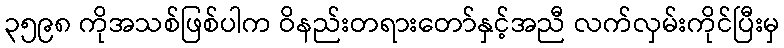
၃၅၉၈ ကိုအသစ်ဖြစ်ပါက ဝိနည်းတရားတော်နှင့်အညီ လက်လှမ်းကိုင်ပြီးမှ